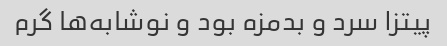
پیتزا سرد و بدمزه بود و نوشابه‌ها گرم